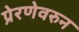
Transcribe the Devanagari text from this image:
प्रेरणेवरुन